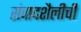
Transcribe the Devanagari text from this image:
संवादशैलीची